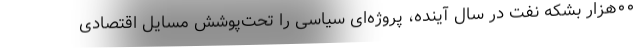
۰۰هزار بشکه نفت در سال آینده، پروژه‌ای سیاسی را تحت‌پوشش مسایل اقتصادی